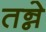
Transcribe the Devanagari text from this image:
तन्ने